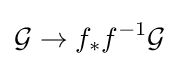
{\mathcal {G}}\rightarrow f_{*}f^{-1}{\mathcal {G}}